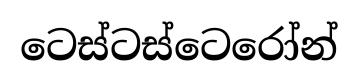
ටෙස්ටස්ටෙරෝන්